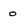
Character: o